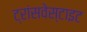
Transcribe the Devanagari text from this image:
ट्रांसवेस्टाइट